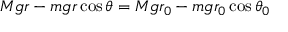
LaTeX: M g r - m g r \cos { \theta } = M g r _ { 0 } - m g r _ { 0 } \cos { \theta _ { 0 } }